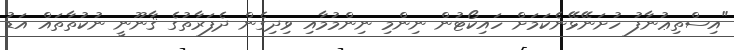
"އިސްތިޢުނާފު ހުށަނޭޅޭނެކަމަށް ހައިކޯޓުން ނިންމި ނިންމުމާއި ވިދިގެން ދެފަރާތުގެ ޤާނޫނީ ނުކުތާތައް އަޑު